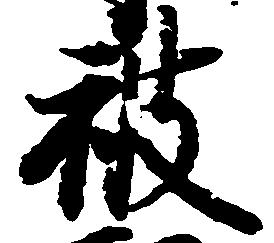
被